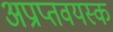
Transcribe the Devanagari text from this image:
अप्राप्तवयस्क